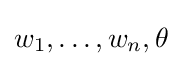
w_{1},\dots ,w_{n},\theta